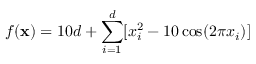
f ( \ensuremath { \mathbf { x } } ) = 1 0 d + \sum _ { i = 1 } ^ { d } [ x _ { i } ^ { 2 } - 1 0 \cos ( 2 \pi x _ { i } ) ]